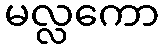
မလ္လကော